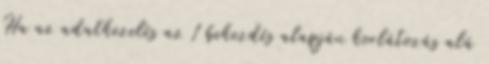
Ha az adatkezelés az 1 bekezdés alapján korlátozás alá